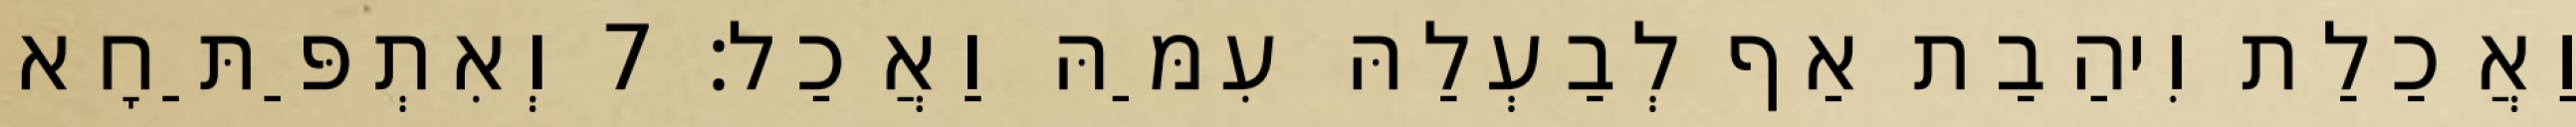
וַאֲכַלַת וִיהַבַת אַף לְבַעְלַהּ עִמַּהּ וַאֲכַל׃ 7 וְאִתְפַּתַּחָא